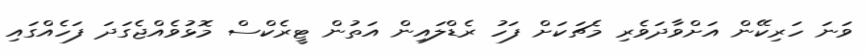
ވަނަ ހަރިކޭން އަށްވާދަވެރި މެޗަކަށް ފަހު ރެޑްލައިން އަތުން ޓީރެކްސް މޮޅުވެއްޖެގަދަ ފަހެއްގައި